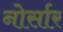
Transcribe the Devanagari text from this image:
नोर्सार